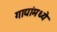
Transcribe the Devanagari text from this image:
गाद्यांमध्ये